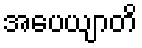
အပေယျာတိ